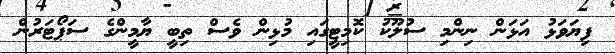
ފިޔަވަޅު އަޅަން ނިންމި ސުލޫކު ކޮމިޓީގައި މުޅިން ވެސް ތިބީ ޔާމީންގެ ސަޕޯޓަރުން